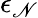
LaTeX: \epsilon_{\mathscr{N}}